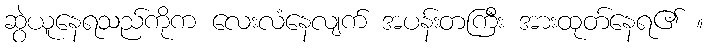
ဆွဲယူနေရသည်ကိုက လေးလံနေလျက် အပန်းတကြီး အားထုတ်နေရ၏ ။